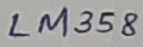
Text: LM358